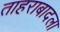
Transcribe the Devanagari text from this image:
ताहराबादला